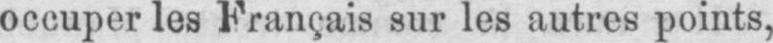
occuper les Français sur les autres points,